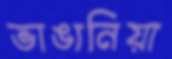
ভাঙানিয়া